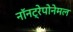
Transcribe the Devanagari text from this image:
नॉनट्रेपोनेमल